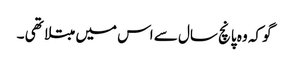
گو کہ وہ پانچ سال سے اس میں مبتلا تھی ۔